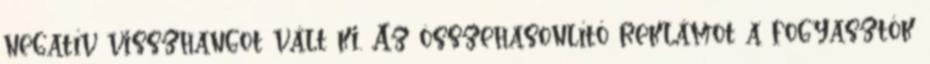
negatív visszhangot vált ki. Az összehasonlító reklámot a fogyasztók